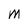
Character: M